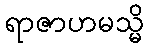
ရာဇာဟမသ္မိ